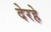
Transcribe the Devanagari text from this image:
देरहे